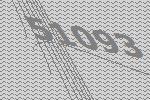
51093